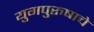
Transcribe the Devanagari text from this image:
युगपुरुषाचे